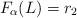
\begin{align*}F_\alpha(L) = r_2\end{align*}